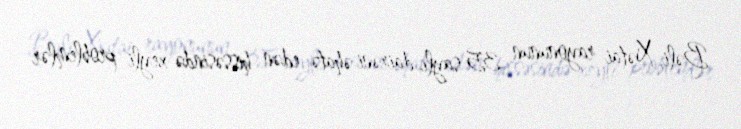
Bəli, Xətai rayonunun 35 saylı dairəni əhatə edən hissəsində xeyli problemlər